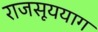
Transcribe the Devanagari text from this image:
राजसूययाग